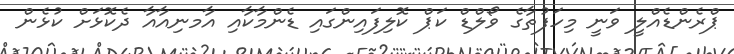
ޕްރެންޑެއްލީ ވަނީ މިހަފުތާގެ ވޯލްޑް ކަޕް ކޮލިފައިންގައި ޑެންމާކާއި އާމނިއާއާ ދެކޮޅަށް ކުޅެން